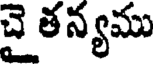
చై తన్యము